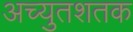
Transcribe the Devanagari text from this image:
अच्युतशतक